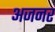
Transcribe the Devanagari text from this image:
अजनर